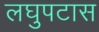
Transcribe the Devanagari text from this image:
लघुपटास